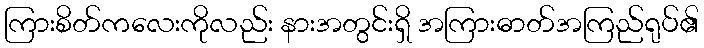
ကြားစိတ်ကလေးကိုလည်း နားအတွင်းရှိ အကြားဓာတ်အကြည်ရုပ်၏